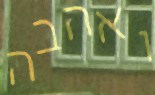
ואהבה